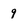
Character: 9